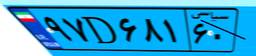
۱۸D۸۵۲۹۶